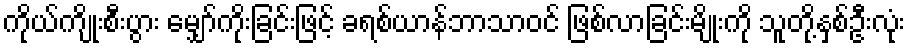
ကိုယ်ကျိုးစီးပွား မျှော်ကိုးခြင်းဖြင့် ခရစ်ယာန်ဘာသာဝင် ဖြစ်လာခြင်းမျိုးကို သူတို့နှစ်ဦးလုံး